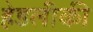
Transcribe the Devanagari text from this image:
हेडलीकी